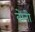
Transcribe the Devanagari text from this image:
वोनो